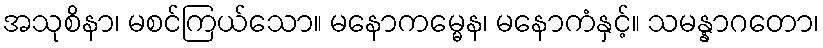
အသုစိနာ၊ မစင်ကြယ်သော။ မနောကမ္မေန၊ မနောကံနှင့်။ သမန္နာဂတော၊